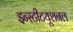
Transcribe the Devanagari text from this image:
इन्स्टीटयूशनल